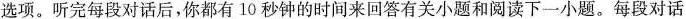
选项.听完每段对话后,你都有 10 秒钟的时间来回答有关小题和阅读下一小题.每段对话